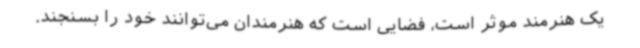
یک هنرمند موثر است، فضایی است که هنرمندان می‌توانند خود را بسنجند.